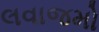
લવાજમો